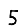
Digit: 5